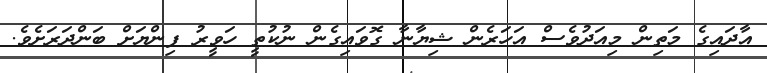
އާދައިގެ މަތިން މިއަދުވެސް އަހަރެން ޝިޔާނާ ގޮވައިގެން ނުކުތީ ހަވީރު ފިންޔަށް ބަންދަރަށެވެ.